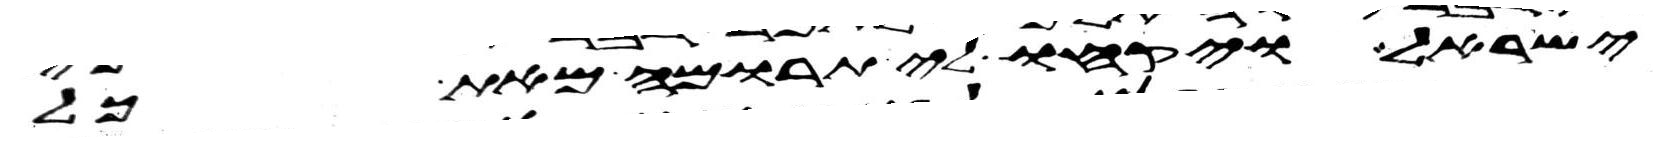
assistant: ישראל ויקחו לי תרומה מאת כל